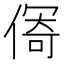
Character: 𱏄